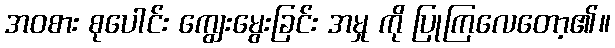
အဝစား စုပေါင်း ကျွေးမွေးခြင်း အမှု ကို ပြုကြလေတော့၏။